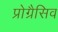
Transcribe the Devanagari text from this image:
प्रोग्रैसिव